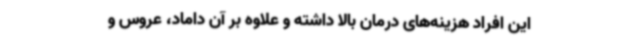
این افراد هزینه‌های درمان بالا داشته و علاوه بر آن داماد، عروس و